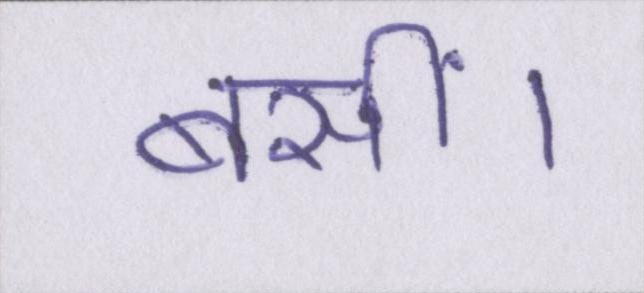
बसीं।